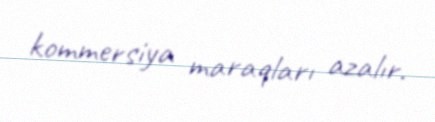
kommersiya maraqları azalır.